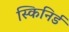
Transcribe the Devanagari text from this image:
स्किनिर्ड